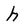
Character: h